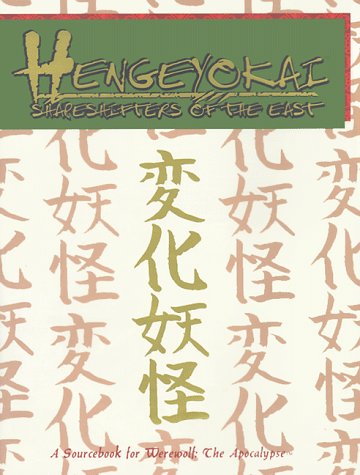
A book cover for Hengeyokai: Shapeshifters of the East; Heather Curatola; Science Fiction & Fantasy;